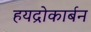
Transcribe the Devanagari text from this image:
हयद्रोकार्बन